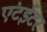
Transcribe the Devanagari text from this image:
एंटईटर